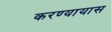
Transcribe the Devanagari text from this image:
करण्यायास